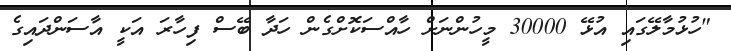
"ހުޅުމާލޭގައި އުޅޭ 30000 މީހުންނަށް ހާއްސަކޮށްގެން ހަދާ ބޭސް ފިހާރަ އަކީ އާސަންދައިގެ